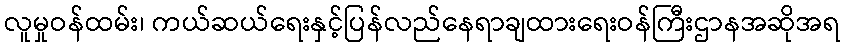
လူမှုဝန်ထမ်း၊ ကယ်ဆယ်ရေးနှင့်ပြန်လည်နေရာချထားရေးဝန်ကြီးဌာနအဆိုအရ